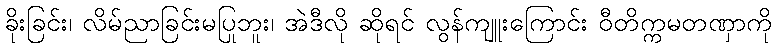
ခိုးခြင်း၊ လိမ်ညာခြင်းမပြုဘူး၊ အဲဒီလို ဆိုရင် လွန်ကျူးကြောင်း ဝီတိက္ကမတဏှာကို